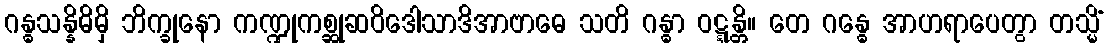
ဂန္ဓသန္နိဓိမှိ ဘိက္ခုနော ကဏ္ဍုကစ္ဆုဆဝိဒေါသာဒိအာဗာဓေ သတိ ဂန္ဓာ ဝဋ္ဋန္တိ။ တေ ဂန္ဓေ အာဟရာပေတွာ တသ္မိံ